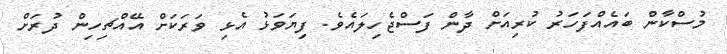
މުސްކާން ބައެއްފަހަރު ކުރިއަށް ދާން ފަސްޖެހިލައެވެ. ފިޔަވަޅު އެޅި ވަރަކަށް އޭއްޗިހިން ދުރަށް